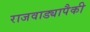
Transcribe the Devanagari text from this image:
राजवाड्यापैकी